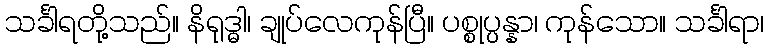
သင်္ခါရတို့သည်။ နိရုဒ္ဓါ၊ ချုပ်လေကုန်ပြီ။ ပစ္စုပ္ပန္နာ၊ ကုန်သော။ သင်္ခါရာ၊